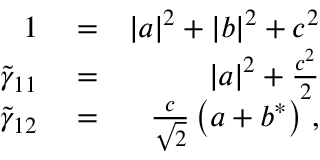
\begin{array} { r l r } { 1 } & { { } = } & { | a | ^ { 2 } + | b | ^ { 2 } + c ^ { 2 } } \\ { \tilde { \gamma } _ { 1 1 } } & { { } = } & { | a | ^ { 2 } + \frac { c ^ { 2 } } { 2 } } \\ { \tilde { \gamma } _ { 1 2 } } & { { } = } & { \frac { c } { \sqrt { 2 } } \left( a + b ^ { * } \right) \, , } \end{array}